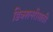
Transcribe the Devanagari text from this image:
डिक्शनरीसाठी